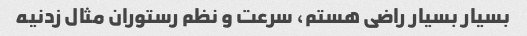
بسیار بسیار راضی هستم، سرعت و نظم رستوران مثال زدنیه